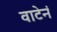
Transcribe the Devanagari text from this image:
वाटेनं